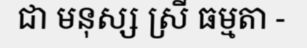
ជា មនុស្ស ស្រី ធម្មតា -